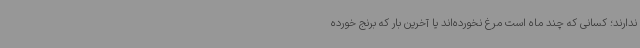
ندارند؛ کسانی که چند ماه است مرغ نخورده‌اند یا آخرین بار که برنج خورده